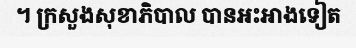
។ ក្រសួងសុខាភិបាល បានអះអាងទៀត